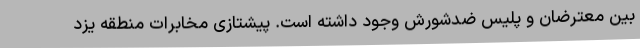
بین معترضان و پلیس ضدشورش وجود داشته است. پیشتازی مخابرات منطقه یزد